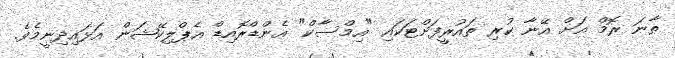
ތާނަ ރޮމް އަށް އޭނާ ކުރި ތައުރީފަށްޓަކައި "އިމްސާކް" އެންޑްރޮއިޑް އެޕްލިކޭޝަން އަޅައިދިނީމެވެ.